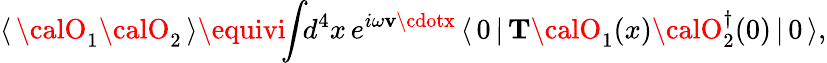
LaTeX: \langle\, {\calO}_{1}{\calO}_{2}\, \rangle\equivi\! \! \int\! \! d^{4}x\, e^{i\omega\mathbf{v}\cdotx}\, \langle\, 0\, |\, {\mathbf{T}}{\calO}_{1}(x){\calO}_{2}^{\dagger}(0)\, |\, 0\, \rangle,